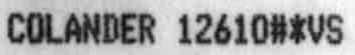
COLANDER 12610#*VS